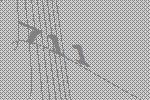
711